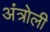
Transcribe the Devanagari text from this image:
अंत्रोली